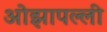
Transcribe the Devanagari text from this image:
ओझापल्ली